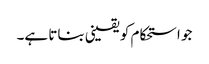
جو استحکام کو یقینی بناتا ہے۔